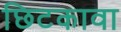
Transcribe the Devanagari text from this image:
छिटकावा